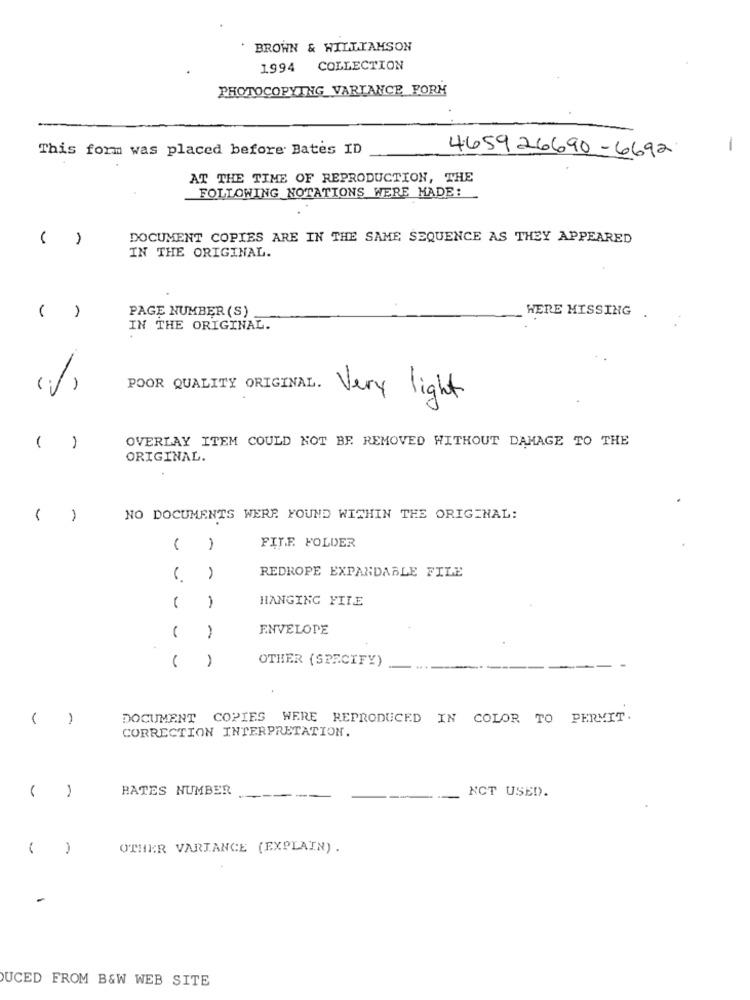
BROWN & WILLIAMSON
1994 COLLECTION
PHOTOCOPYING VARTANCE FORM
This form was placed before Bates ID
-
465926690-6692
AT THE TIME OF REPRODUCTION, THE
FOLLOWING NOTATIONS WERE MADE:
DOCUMENT COPIES ARE IN THE SAME SEQUENCE AS THEY APPEARED
IN THE ORIGINAL.
PAGE NUMBER (S)
WERE MISSING
IN THE ORIGINAL.
(%)
POOR QUALITY ORIGINAL. Very light
( )
OVERLAY ITEM COULD NOT BE REMOVED WITHOUT DAMAGE TO THE
ORIGINAL.
( )
NO DOCUMENTS WERE FOUND WITHIN THE ORIGINAL:
FILE. FOLDER
REDROPE EXPANDABLE FILE
HANGING FILE
ENVELOPE
-
OTHER (SPECIFY)
( )
DOCUMENT COPIES WERE REPRODUCED IN COLOR TO PERMIT.
CORRECTION INTERPRETATION.
1
BATES NUMBER
NOT USED.
OTHER VARIANCE (EXPLAIN) .
UCED FROM B&W WEB SITE